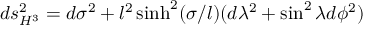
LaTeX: d s _ { H ^ { 3 } } ^ { 2 } = d \sigma ^ { 2 } + l ^ { 2 } \sinh ^ { 2 } ( \sigma / l ) ( d \lambda ^ { 2 } + \sin ^ { 2 } \lambda d \phi ^ { 2 } )